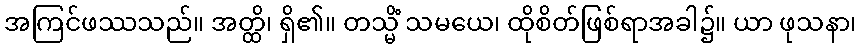
အကြင်ဖဿသည်။ အတ္ထိ၊ ရှိ၏။ တသ္မိံ သမယေ၊ ထိုစိတ်ဖြစ်ရာအခါ၌။ ယာ ဖုသနာ၊